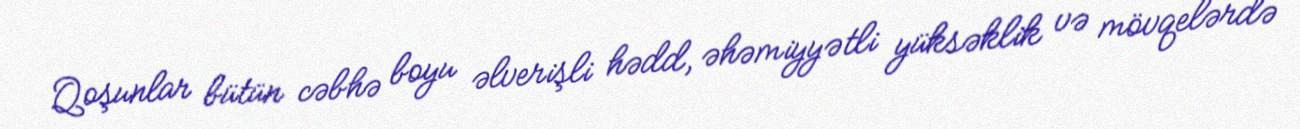
Qoşunlar bütün cəbhə boyu əlverişli hədd, əhəmiyyətli yüksəklik və mövqelərdə